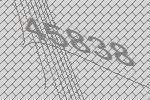
45838